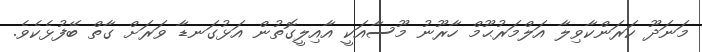
މަނަދޫ ކަރަންކާވިލާ އަލްމަރުޙޫމް ހާރޫނު މޫސާއަކީ އާއިލީގޮތުން އަޅުގަނޑާ ވަރަށް ގާތް ބޭފުޅެކެވެ.